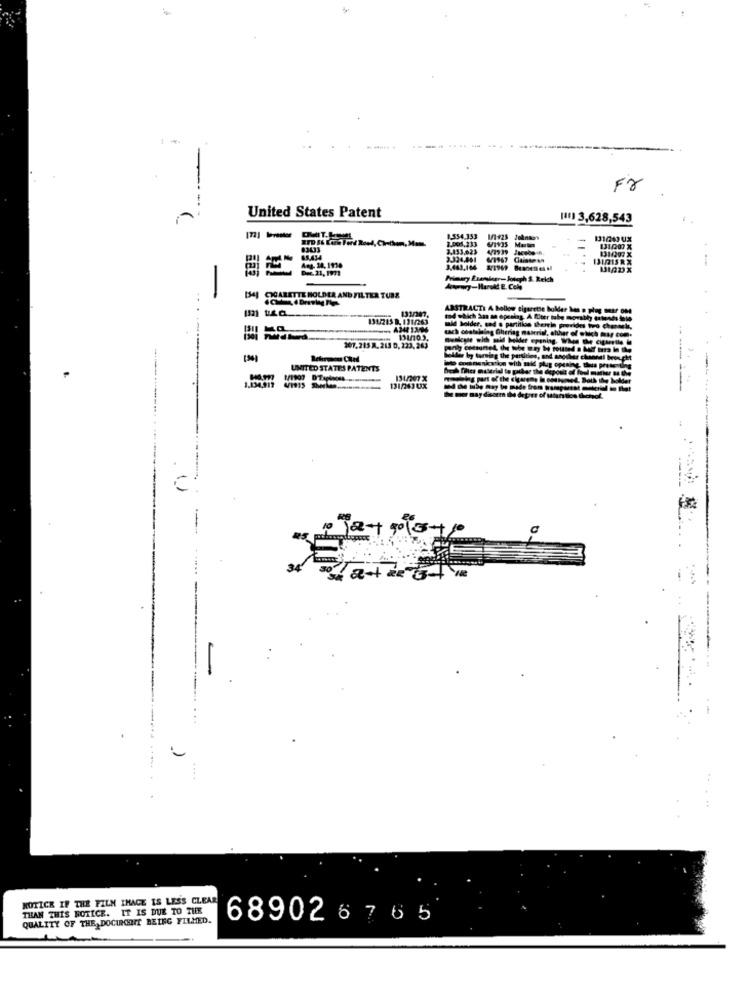
Fr
United States Patent
|11) 3,628,543
1.354.353
#3433
131,000 X
65.434
Ang. 34. 1910
3.443,104
Primary Esanslogr-Jotcph $. Reich
-
[34] CIGARETTE HOLDER AND FILTER TUBS
ABSTRACT: A hollow cigarette hold
831/265 B. 131/263
to4 which Saa an opening. A fliter tul
tach containing Cheriag material, ahh
mid holder, tad s partition therele
musicale with mid holder opening.
207.215 A. 213 0, 223, 263
Welder by turning the partition, and an
UNITED STATES PATENTS
heh mer nutrid to piker the depot
1.134,317 VI915 PALMA
DIDEUX
me may dissem
34
.....
NOTICK IF THE FILM IMAGE IS LESS CLEAR
THAN THIS NOTICE. IT IS DUE TO THE
QUALITY OF THE DOCUMENT BEING FILMED.
689026765